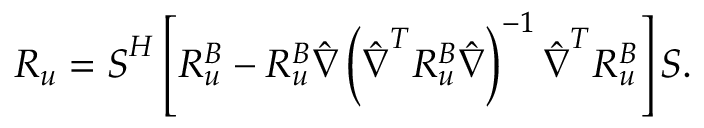
\boldsymbol { R _ { u } } = \boldsymbol { S } ^ { H } \left[ \boldsymbol { R _ { u } ^ { B } } - \boldsymbol { R _ { u } ^ { B } } \boldsymbol { \hat { \nabla } } \left( \boldsymbol { \hat { \nabla } } ^ { T } \boldsymbol { R _ { u } ^ { B } } \boldsymbol { \hat { \nabla } } \right) ^ { - 1 } \boldsymbol { \hat { \nabla } } ^ { T } \boldsymbol { R _ { u } ^ { B } } \right] \boldsymbol { S } .